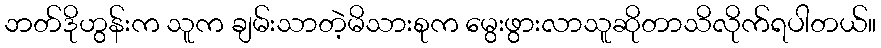
ဘတ်ဒိုဟွန်းက သူက ချမ်းသာတဲ့မိသားစုက မွေးဖွားလာသူဆိုတာသိလိုက်ရပါတယ်။